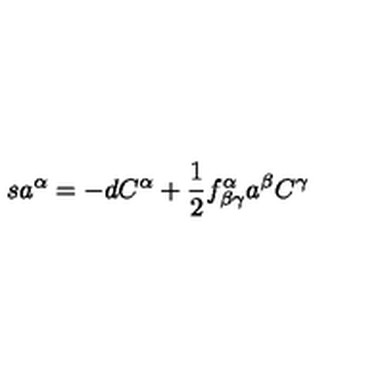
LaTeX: s a ^ { \alpha } = - d C ^ { \alpha } + \frac { 1 } { 2 } f _ { \beta \gamma } ^ { \alpha } a ^ { \beta } C ^ { \gamma }